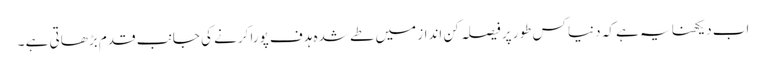
اب دیکھنا یہ ہے کہ دنیا کس طور پر فیصلہ کن انداز میں طے شدہ ہدف پورا کرنے کی جانب قدم بڑھاتی ہے ۔